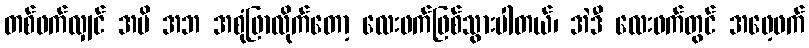
တစ်ဖက်လျှင် အမိ အဘ အစုံဖြာလိုက်တော့ လေးဖက်ဖြစ်သွားပါတယ်၊ အဲဒီ လေးဖက်တွင် အဖေ့ဖက်